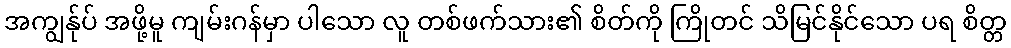
အကျွန်ုပ် အဖို့မူ ကျမ်းဂန်မှာ ပါသော လူ တစ်ဖက်သား၏ စိတ်ကို ကြိုတင် သိမြင်နိုင်သော ပရ စိတ္တ